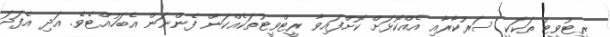
ރީޓުވީޓު ތަކަކީ ސަރުކާރާއި އެއްކޮޅަށް ކޮށްފައިވާ ރީޓްވީޓުތަކެއްކަން ފެންނަން އެބަހުއްޓެވެ. އަދި އެފަދަ